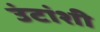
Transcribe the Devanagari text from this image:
उंटांशी